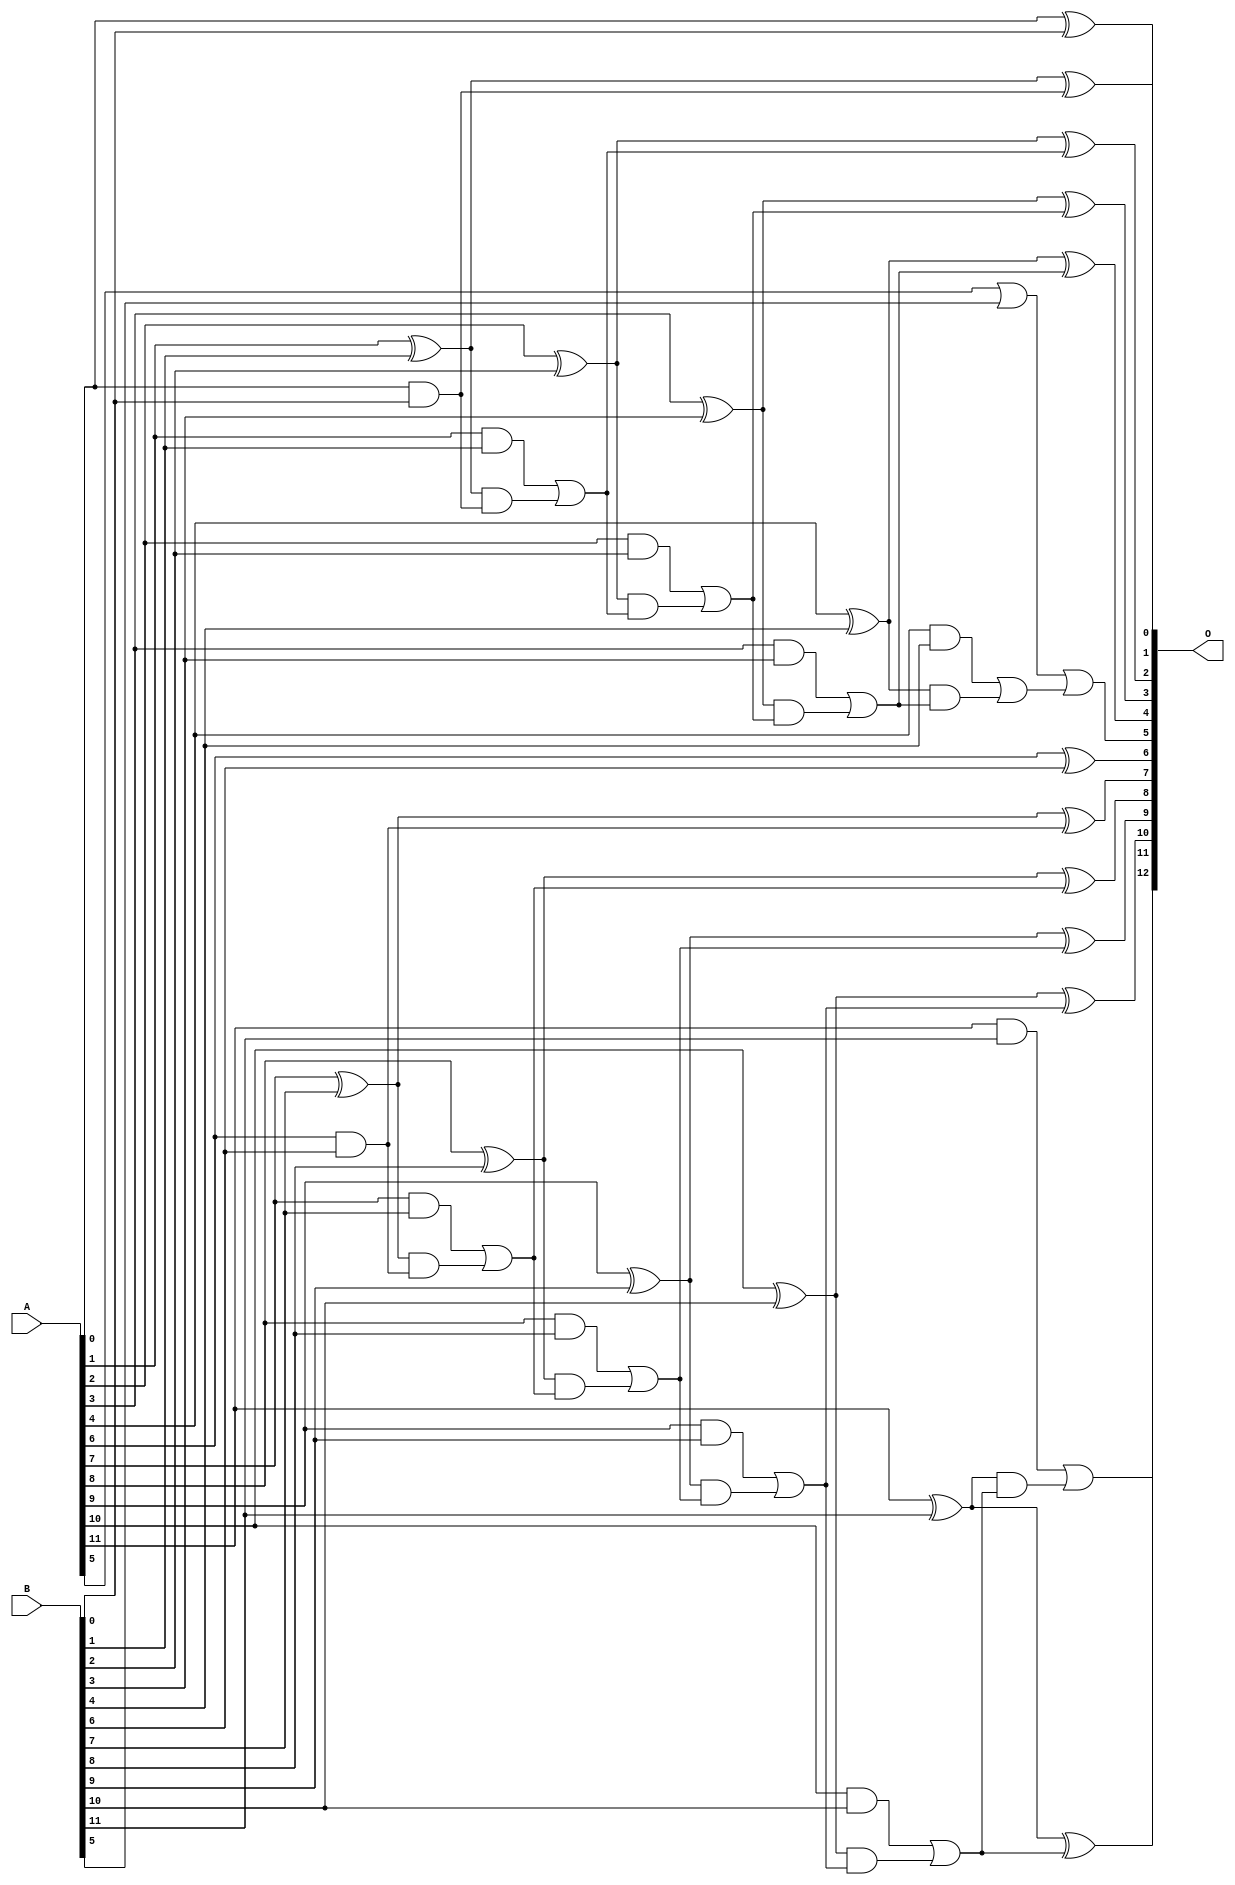
/***
* This code is a part of EvoApproxLib library (ehw.fit.vutbr.cz/approxlib) distributed under The MIT License.
* When used, please cite the following article(s): V. Mrazek, L. Sekanina, Z. Vasicek "Libraries of Approximate Circuits: Automated Design and Application in CNN Accelerators" IEEE Journal on Emerging and Selected Topics in Circuits and Systems, Vol 10, No 4, 2020 
* This file contains a circuit from a sub-set of pareto optimal circuits with respect to the pwr and ep parameters
***/
// MAE% = 0.24 %
// MAE = 20 
// WCE% = 0.78 %
// WCE = 64 
// WCRE% = 66.67 %
// EP% = 49.22 %
// MRE% = 0.65 %
// MSE = 876 
// PDK45_PWR = 0.043 mW
// PDK45_AREA = 100.4 um2
// PDK45_DELAY = 0.47 ns


module add12u_4YR(A, B, O);
  input [11:0] A, B;
  output [12:0] O;
  wire sig_25, sig_26, sig_27, sig_28, sig_30, sig_31;
  wire sig_32, sig_33, sig_35, sig_36, sig_37, sig_38;
  wire sig_40, sig_41, sig_42, sig_43, sig_45, sig_46;
  wire sig_51, sig_52, sig_55, sig_56, sig_57, sig_58;
  wire sig_60, sig_61, sig_62, sig_63, sig_65, sig_66;
  wire sig_67, sig_68, sig_70, sig_71, sig_72, sig_73;
  wire sig_75, sig_76, sig_77, sig_78;
  assign O[0] = A[0] ^ B[0];
  assign sig_25 = A[0] & B[0];
  assign sig_26 = A[1] ^ B[1];
  assign sig_27 = A[1] & B[1];
  assign sig_28 = sig_26 & sig_25;
  assign O[1] = sig_26 ^ sig_25;
  assign sig_30 = sig_27 | sig_28;
  assign sig_31 = A[2] ^ B[2];
  assign sig_32 = A[2] & B[2];
  assign sig_33 = sig_31 & sig_30;
  assign O[2] = sig_31 ^ sig_30;
  assign sig_35 = sig_32 | sig_33;
  assign sig_36 = A[3] ^ B[3];
  assign sig_37 = A[3] & B[3];
  assign sig_38 = sig_36 & sig_35;
  assign O[3] = sig_36 ^ sig_35;
  assign sig_40 = sig_37 | sig_38;
  assign sig_41 = A[4] ^ B[4];
  assign sig_42 = A[4] & B[4];
  assign sig_43 = sig_41 & sig_40;
  assign O[4] = sig_41 ^ sig_40;
  assign sig_45 = sig_42 | sig_43;
  assign sig_46 = A[5] | B[5];
  assign O[5] = sig_46 | sig_45;
  assign sig_51 = A[6] ^ B[6];
  assign sig_52 = A[6] & B[6];
  assign O[6] = sig_51;
  assign sig_55 = sig_52;
  assign sig_56 = A[7] ^ B[7];
  assign sig_57 = A[7] & B[7];
  assign sig_58 = sig_56 & sig_55;
  assign O[7] = sig_56 ^ sig_55;
  assign sig_60 = sig_57 | sig_58;
  assign sig_61 = A[8] ^ B[8];
  assign sig_62 = A[8] & B[8];
  assign sig_63 = sig_61 & sig_60;
  assign O[8] = sig_61 ^ sig_60;
  assign sig_65 = sig_62 | sig_63;
  assign sig_66 = A[9] ^ B[9];
  assign sig_67 = A[9] & B[9];
  assign sig_68 = sig_66 & sig_65;
  assign O[9] = sig_66 ^ sig_65;
  assign sig_70 = sig_67 | sig_68;
  assign sig_71 = A[10] ^ B[10];
  assign sig_72 = A[10] & B[10];
  assign sig_73 = sig_71 & sig_70;
  assign O[10] = sig_71 ^ sig_70;
  assign sig_75 = sig_72 | sig_73;
  assign sig_76 = A[11] ^ B[11];
  assign sig_77 = A[11] & B[11];
  assign sig_78 = sig_76 & sig_75;
  assign O[11] = sig_76 ^ sig_75;
  assign O[12] = sig_77 | sig_78;
endmodule